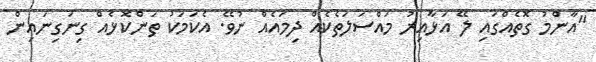
"އާންމު ގޮތެއްގައި ލޭ އަޅާއިރު މައްސަލަތެކެއް ދިމައެއް ނުވޭ. އެކަމަކު ތަންކޮޅެއް ގިނަގިނައިން